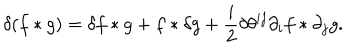
\delta ( f \ast g ) = \delta f \ast g + f \ast \delta g + \frac { i } { 2 } \delta \theta ^ { i j } \partial _ { i } f \ast \partial _ { j } g .